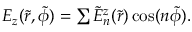
\begin{array} { r } { E _ { z } ( \tilde { r } , \tilde { \phi } ) = \sum \tilde { E } _ { n } ^ { z } ( \tilde { r } ) \cos ( n \tilde { \phi } ) . } \end{array}